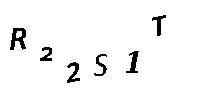
R22S1T